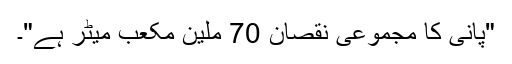
"پانی کا مجموعی نقصان 70 ملین مکعب میٹر ہے"۔